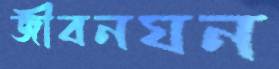
জীবনঘন